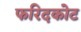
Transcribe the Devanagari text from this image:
फरिदकोट